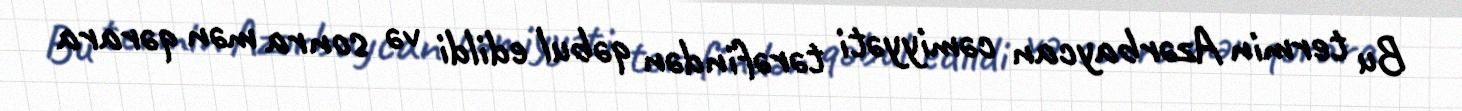
Bu termin Azərbaycan cəmiyyəti tərəfindən qəbul edildi və sonra mən qərara